Vaccination in Bombay 1889-1901 - 1889-1901
Year: 1889
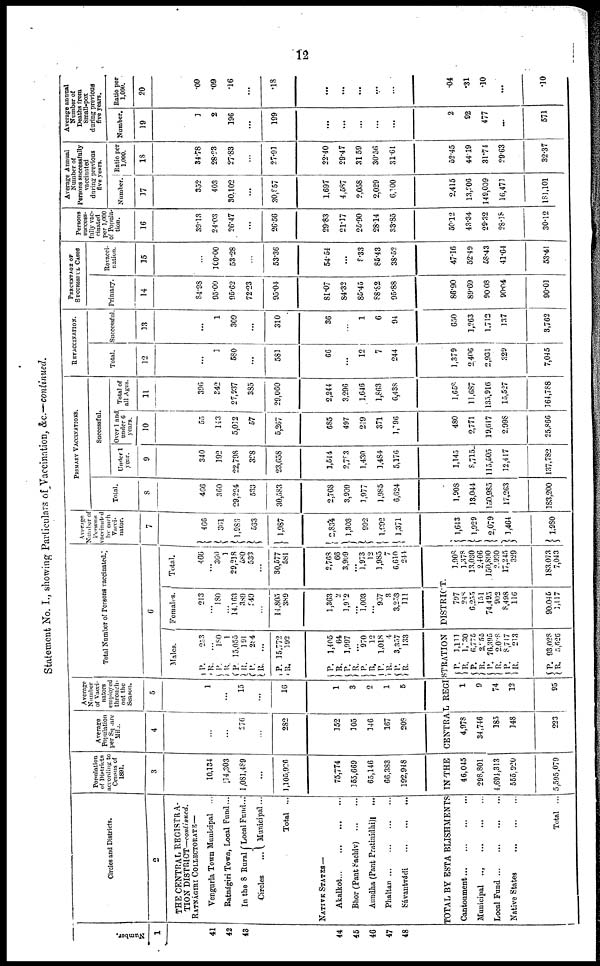
12
Statement No. I., showing Particulars of Vaccination, &c.—continued.
Number.
1
41
42
43
44
45
46
47
48
Circles and Districts.
2
THE CENTRAL REGISTRA-
TION DISTRICT—continued.
RATNÁGIRI COLLECTORATE—
Vengurla Town Municipal
...
Ratnágiri Town, Local Fund...
In the 8 Rural
Circles ...
Local Fund...
Municipal ...
Total ...
NATIVE STATES—
Akalkot...
...
...
...
Bhor (Pant Sachiv)
...
...
Aundha (Pant Pratinidhi)...
Phaltan...
...
...
...
Sávantvádi
...
...
...
Population
of Districts
according to
Census of
1891.
3
10,134
14,303
1,081,489
...
1,105,926
75,774
155,669
65,146
66,383
192,948
Average
Population
per Square
Mile.
4
...
...
276
...
282
152
105
146
167
208
Average
Number
of Vacci¬
nators
employed
through¬
out the
Season.
5
1
...
15
...
16
1
3
2
1
5
Total Number of Persons vaccinated.
6
Males.
P.
R.
P.
R.
P.
R.
P.
R.
P.
R.
253
...
180
1
15,055
191
284
...
15,772
192
P.
R.
P. R.
P.
R.
P.
R.
P.
R.
1,405
64
1,997
...
970
12
1,018
4
3,357
133
Females.
213
... 180
14,163
389
249
...
14,805
389
1,363
2
1,912
...
1,003
... 967
3
3,253
111
Total.
466
...
360
3
29,218
580
533
...
30,577
581
2,768
66
3,909
...
1,973
12
1,985
7
6,610
244
Average
Number of
Persons
vaccinated
by each
Vacci¬
nator.
7
466
361
1,986
533
1,987
2,834
1,303
992
1,992
1,371
PRIMARY VACCINATIONS.
Total.
8
466
360
29,224
533
30,583
2,768
3,909
1,977
1,985
6,624
Successful.
Under 1
year.
9
340
192
22,798
328
23,658
1,544
2,783
1,430
1,484
5,176
Over 1 and
under 6
years.
10
55
143
5,012
57
5,267
685
497
249
371
1,796
Total of
all Ages.
11
396
342
27,937
385
29,060
2,244
3,296
1,646
1,863
6,438
REVACCINATION.
Total.
12
...
1
580
...
581
66
...
12
7
244
Successful.
13
...
1
309
...
310
36
...
1
6
94
PERCENTAGE OF
SUCCESSFUL CASES
Primary.
14
84.98
95.00
95.62
72.23
95.04
81.07
84.32
85.45
88.82
95.88
Revacci¬
nation.
15
...
100.00
53.28
...
53.36
54.54
...
8.33
85.43
38.52
Persons
success-
fully vac-
cinated
per 1,000
of Popula-
tion.
16
39.13
24.03
26.47
...
26.56
29.83
21.17
25.90
28.14
33.85
Average Annual
Number of
Persons successfully
vaccinated
during previous
five years.
Number.
17
352
403
30,102
...
30,857
1,697
4,587
2,058
2,029
6,100
Ratio per
1,000.
18
34.78
28.23
27.83
...
27.91
22.40
29.47
31.59
30.56
31.61
Average annual
Number of
Deaths from
Small-pox
during previous
five years.
Number.
19
1
2
196
...
199
...
...
...
...
...
Ratio per
1,000.
20
.09
.09
.16
...
.18
...
...
...
...
...
TOTAL BY ESTABLISHMENTS IN THE
CENTRAL REGISTRATION
DISTRICT.
Cantonment...
...
...
...
Municipal ...
...
...
...
Local
Fund...
...
...
...
Native States
...
...
...
Total ...
46,045
298,801
4,694,313
555,920
5,595,079
4,978
34,746
185
148
223
1
9
74
12
95
P.
R.
P.
R.
P.
R.
P.
R.
P.
R.
1,111
1,130
6,775
2,255
76,395
2,028
8,747
213
93,028
5,626
797
248
6,255
151
74,495
902
8,498
116
90,045
1,417
1,908
1,378
13,030
2,406
150,890
2,930
17,245
329
183,073
7,043
1,643
1,929
2,079
1,464
1,980
1,908
13,044
150,985
17,263
183,200
1,145
8,715
115,505
12,417
137,782
480
2,771
19,617
2,998
25,866
l,658
11,687
135,916
15,527
164,788
1,379
2,406
2,931
329
7,045
650
1,263
1,713
137
3,762
86.90
89.69
90.08
90.04
90.01
47.16
52.49
58.43
41.64
53.41
50.12
43.34
29.32
28.18
30.12
2,415
13,206
149,009
16,471
181,101
52.45
44.19
31.74
29.63
32.37
2
92
477
...
5711
.04
.31
.10
...
.10